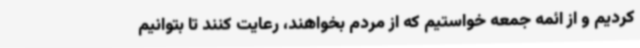
کردیم و از ائمه جمعه خواستیم که از مردم بخواهند، رعایت کنند تا بتوانیم